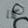
كلا